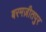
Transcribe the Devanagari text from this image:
बरमज़ीतपुर